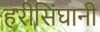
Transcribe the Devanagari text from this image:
हरीसिंघानी